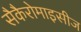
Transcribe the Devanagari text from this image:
सैकैरोमाइसीज